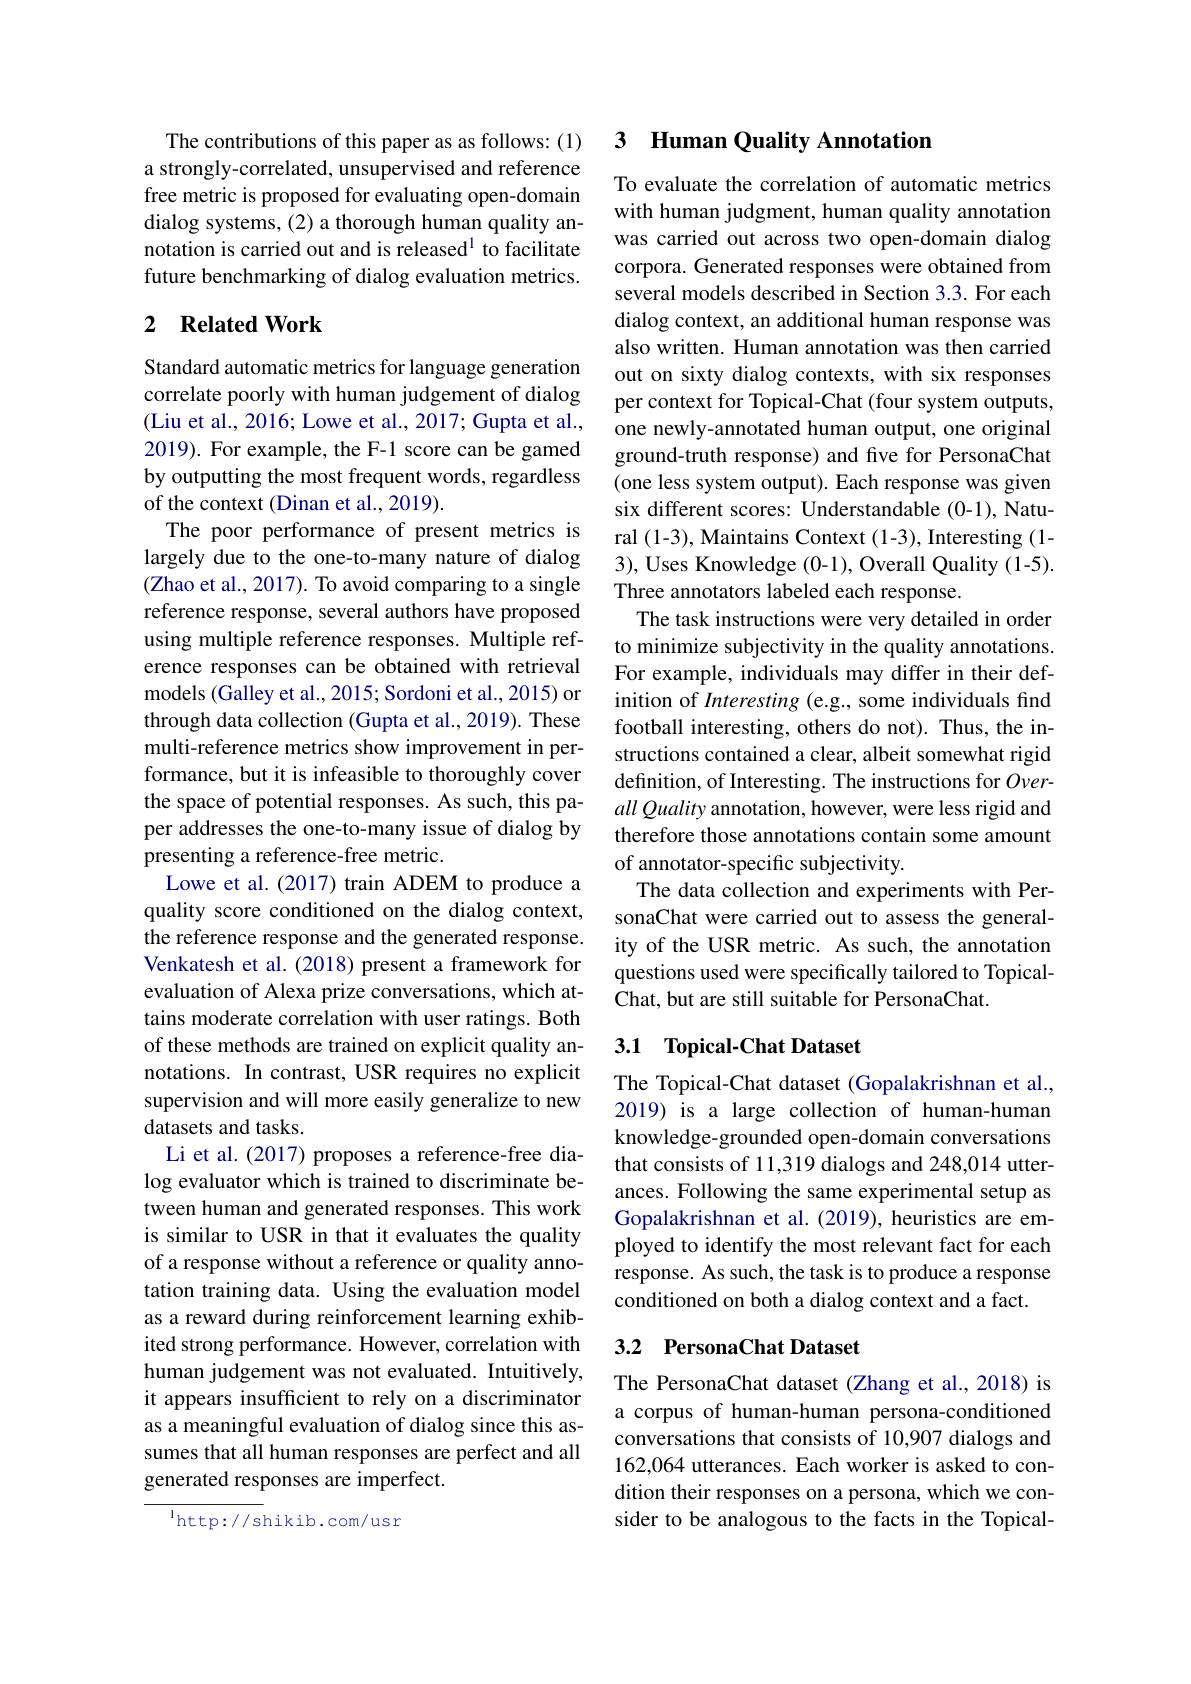
The contributions of this paper as as follows: (1) a strongly-correlated, unsupervised and reference free metric is proposed for evaluating open-domain dialog systems, (2) a thorough human quality annotation is carried out and is released$^1$ to facilitate future benchmarking of dialog evaluation metrics.

## 2 Related Work

Standard automatic metrics for language generation correlate poorly with human judgement of dialog (Liu et al., 2016; Lowe et al., 2017; Gupta et al., 2019). For example, the F-1 score can be gamed by outputting the most frequent words, regardless of the context (Dinan et al., 2019).
The poor performance of present metrics is largely due to the one-to-many nature of dialog (Zhao et al., 2017). To avoid comparing to a single reference response, several authors have proposed using multiple reference responses. Multiple reference responses can be obtained with retrieval models (Galley et al., 2015; Sordoni et al., 2015) or through data collection (Gupta et al., 2019). These multi-reference metrics show improvement in performance, but it is infeasible to thoroughly cover the space of potential responses. As such, this paper addresses the one-to-many issue of dialog by presenting a reference-free metric.
Lowe et al. (2017) train ADEM to produce a quality score conditioned on the dialog context, the reference response and the generated response. Venkatesh et al. (2018) present a framework for evaluation of Alexa prize conversations, which attains moderate correlation with user ratings. Both of these methods are trained on explicit quality annotations. In contrast, USR requires no explicit supervision and will more easily generalize to new datasets and tasks.
Li et al. (2017) proposes a reference-free dialog evaluator which is trained to discriminate between human and generated responses. This work is similar to USR in that it evaluates the quality of a response without a reference or quality annotation training data. Using the evaluation model as a reward during reinforcement learning exhibited strong performance. However, correlation with human judgement was not evaluated. Intuitively, it appears insufficient to rely on a discriminator as a meaningful evaluation of dialog since this assumes that all human responses are perfect and all generated responses are imperfect.

$^{1}$http://shikib.com/usn

## 3 Human Quality Annotation

To evaluate the correlation of automatic metrics with human judgment, human quality annotation was carried out across two open-domain dialog corpora. Generated responses were obtained from several models described in Section 3.3. For each dialog context, an additional human response was also written. Human annotation was then carried out on sixty dialog contexts, with six responses per context for Topical-Chat (four system outputs, one newly-annotated human output, one original ground-truth response) and five for PersonaChat (one less system output). Each response was given six different scores: Understandable (0-1), Natural (1-3), Maintains Context (1-3), Interesting (1- 3), Uses Knowledge (0-1), Overall Quality (1-5). Three annotators labeled each response.
The task instructions were very detailed in order to minimize subjectivity in the quality annotations. For example, individuals may differ in their definition of Interesting (e.g., some individuals find football interesting, others do not). Thus, the instructions contained a clear, albeit somewhat rigid definition, of Interesting. The instructions for Overall Quality annotation, however, were less rigid and therefore those annotations contain some amount of annotator-specific subjectivity.
The data collection and experiments with PersonaChat were carried out to assess the generality of the USR metric. As such, the annotation questions used were specifically tailored to TopicalChat, but are still suitable for PersonaChat.

## 3.1 Topical-Chat Dataset

The Topical-Chat dataset (Gopalakrishnan et al., 2019) is a large collection of human-human knowledge-grounded open-domain conversations that consists of 11,319 dialogs and 248,014 utterances. Following the same experimental setup as Gopalakrishnan et al. (2019), heuristics are employed to identify the most relevant fact for each response. As such, the task is to produce a response conditioned on both a dialog context and a fact.

## 3.2 PersonaChat Dataset

The PersonaChat dataset (Zhang et al., 2018) is a corpus of human-human persona-conditioned conversations that consists of 10,907 dialogs and 162,064 utterances. Each worker is asked to condition their responses on a persona, which we consider to be analogous to the facts in the Topical-